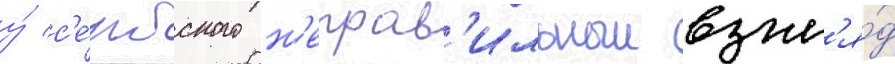
у́ с'е́рбского н'еправ'ильныи взгл'я́д